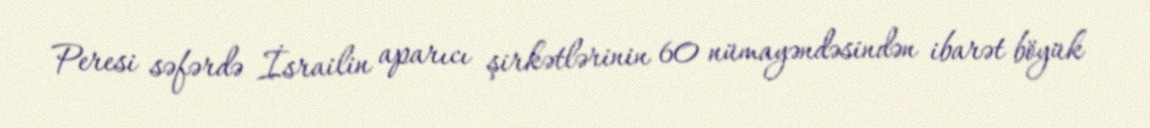
Peresi səfərdə İsrailin aparıcı şirkətlərinin 60 nümayəndəsindən ibarət böyük